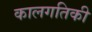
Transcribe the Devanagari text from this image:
कालगतिकी